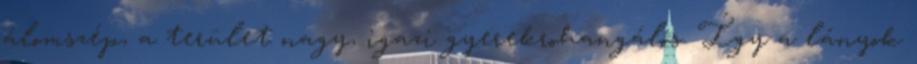
álomszép, a terület nagy, igazi gyerekrohangálós. Így a lányok